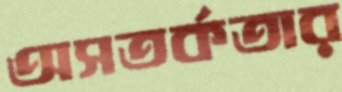
অসতর্কতার